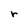
Character: r